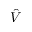
\hat { V }